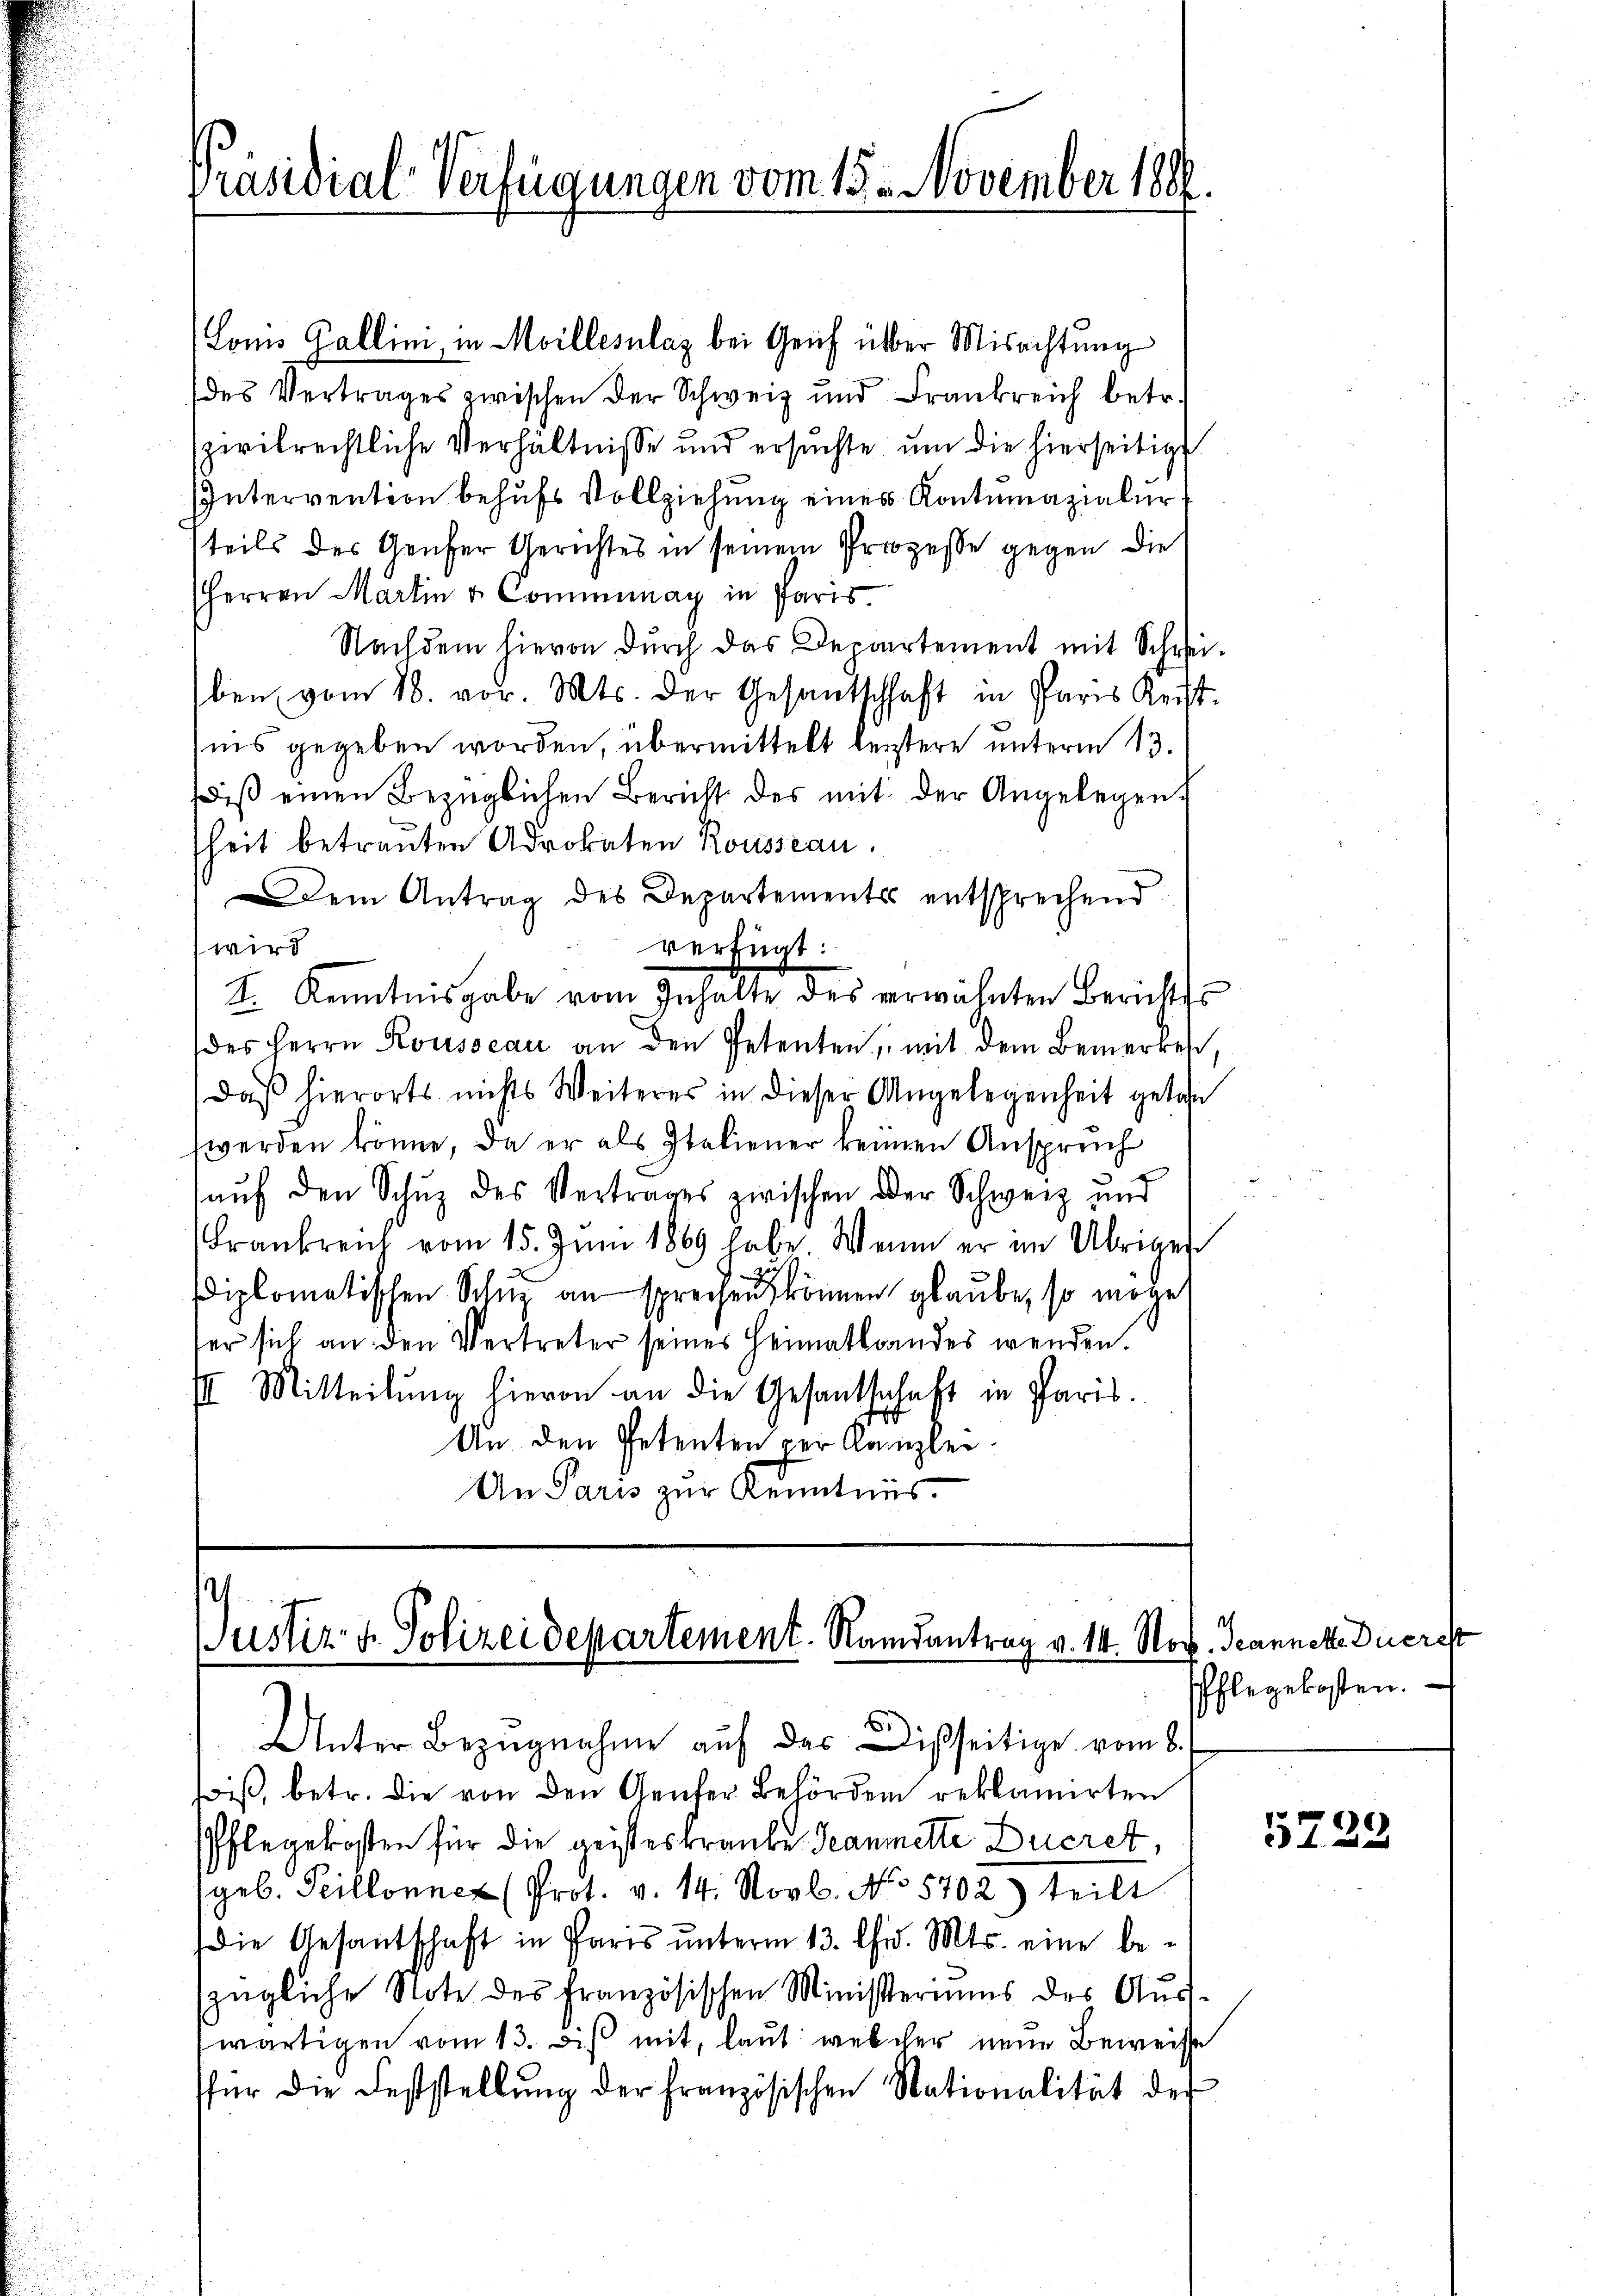
Präsidial-Verfügungen vom 15. November 1888.

Lomo Gallini, in Moillesnlaz bei Genf über Misachtung
des Vertrages zwischen der Schweiz und Frankreich betr.
zivilrechtliche Verhältnisse und ersuchte um die hierseitige
Intervention behufs Vollziehung eines Kontumazialer
steils des Genfer Gerichtes in seinem Prozesse gegen die
Herren Martin & Communay in Paris.
Nachdem hievon durch das Departement mit Schreiben vom 18. vor. Mts. der Gesantschaft in Paris Reist.
nis gegeben worden, übermittelt leistere unterm 13.
iβ einen Bezüglichen Bericht des mit der Angelegen
heit betrauten Advokaten Rousseau.
Dem Antrag des Departements entsprechend
wird
verknat:
I. Kenntnisgabe vom Inhalte des erwähnten Berichtss
des Herrn Rousseau an den Petenten, mit dem Bemerken,
Daß hierorts nichts Weiteres in dieser Angelegenheit getan
werden könne, da er als Italiener keinen Anspruch
auf den Schutz des Vertrages zwischen der Schweiz und
Frankreich vom 15. Jŭni 1869 habe Wenn er im Übrigen
diplomatischen Schutz an sprechen können glaube, so möge
er sich an den Vertreter seines Heimatlandes wenden.
E Mitteilŭng hievon an die Gesandtschaft in Paris.
E
An den Petenten per Kanzlei
An Paris zur Kenntnis.

t
Justiz- & Polizeidepartement. Namantrag v. 14. Nov. Jeannekte Duerch

Unter Bezugnahme auf das Disseitige vom 8.
iβ, betr. die von den Geicher Behörden reklamirten
PPflegekosten für die geisteskranke Seanmitte Ducret
geb. Peillonner (Prot. v. 14. Novb. No 5702) teilt
die Gesantschaft in Paris unterm 13. Chr. Mts. eine bezügliche Note des Französischen Ministeriums des Aus-
wärtigen vom 13. Dis mit, laut welcher neue Beweise
für die Feststellŭng der französischen Nationalität der

t
Pflegekosten.

5728